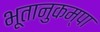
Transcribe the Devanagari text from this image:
भूतानुकम्पा